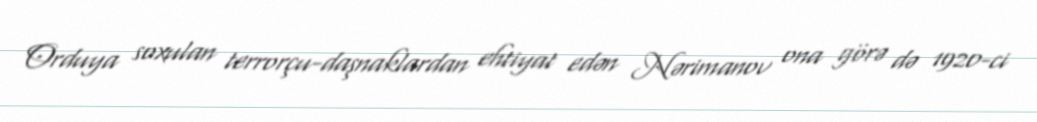
Orduya soxulan terrorçu-daşnaklardan ehtiyat edən Nərimanov ona görə də 1920-ci